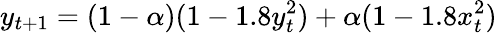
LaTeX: y_{t+1}=(1-\alpha)(1-1.8y_{t}^{2})+\alpha(1-1.8x_{t}^{2})